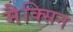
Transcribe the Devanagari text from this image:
मैक्सिन